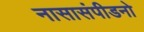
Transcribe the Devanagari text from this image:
नासासंपीडनो